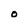
Character: O